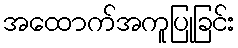
အထောက်အကူပြုခြင်း